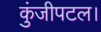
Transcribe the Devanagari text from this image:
कुंजीपटल।